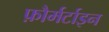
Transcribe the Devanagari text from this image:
फ़ौर्मर्टाइन